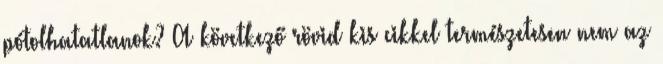
pótolhatatlanok? A következő rövid kis cikkel természetesen nem az